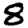
Digit: 8